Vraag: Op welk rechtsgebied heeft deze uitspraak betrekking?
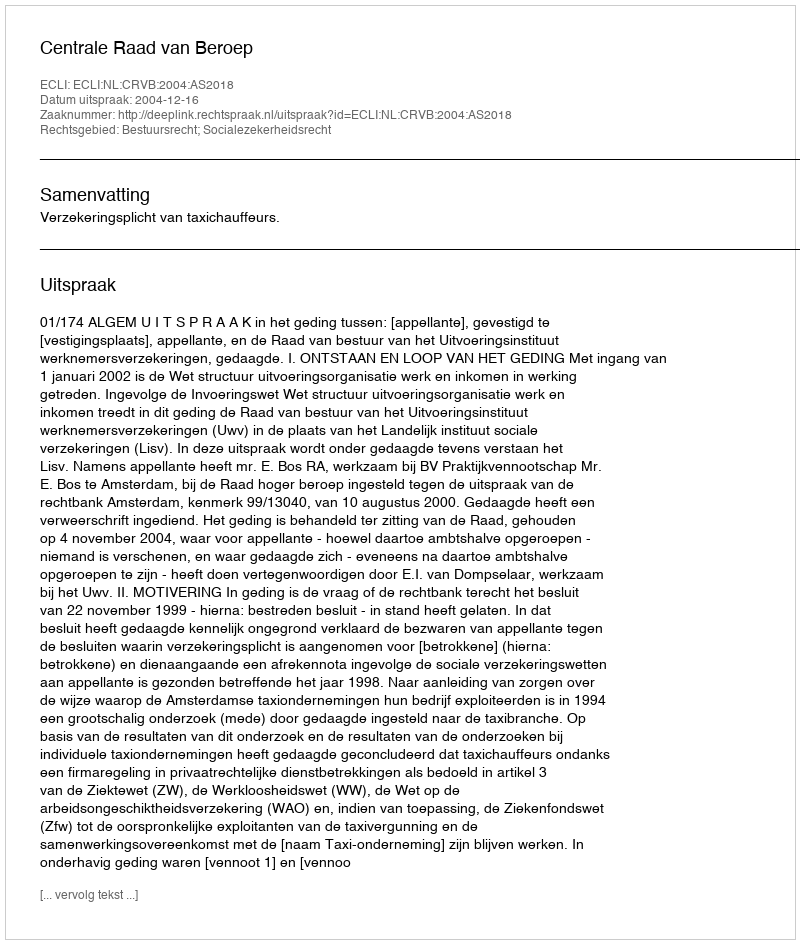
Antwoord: Bestuursrecht; Socialezekerheidsrecht